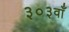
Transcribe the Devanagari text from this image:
३०३वाँ